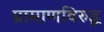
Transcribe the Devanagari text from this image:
प्रामाणविरुद्ध